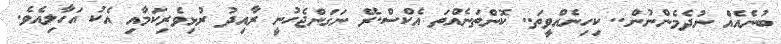
ބުނެއެއް ނުދެމެންނުން.. ކިހިނެއްވީތަ.. ކޮންތަނެއްތަ އެކްސް.ރޭ ނަަގަންޖެހުނީ ރާއިދު ރުޅިވެރިކަމާއި އެކު އަހާލިއެވެ.